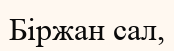
Біржан сал,